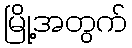
မြို့အတွက်